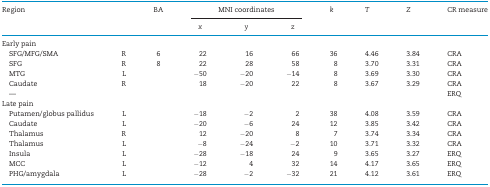
<table><thead><tr><td rowspan="2"><b>Region</b></td><td rowspan="2"></td><td rowspan="2"><b>BA</b></td><td colspan="3"><b>MNI coordinates</b></td><td rowspan="2"><b><i>k</i></b></td><td rowspan="2"><b><i>T</i></b></td><td rowspan="2"><b><i>Z</i></b></td><td rowspan="2"><b>CR measure</b></td></tr><tr><td><b><i>x</i></b></td><td><b><i>y</i></b></td><td><b><i>z</i></b></td></tr></thead><tbody><tr><td colspan="10">Early pain</td></tr><tr><td> SFG/MFG/SMA</td><td>R</td><td>6</td><td>22</td><td>16</td><td>66</td><td>36</td><td>4.46</td><td>3.84</td><td>CRA</td></tr><tr><td> SFG</td><td>R</td><td>8</td><td>22</td><td>28</td><td>58</td><td>8</td><td>3.70</td><td>3.31</td><td>CRA</td></tr><tr><td> MTG</td><td>L</td><td></td><td>−50</td><td>−20</td><td>−14</td><td>8</td><td>3.69</td><td>3.30</td><td>CRA</td></tr><tr><td> Caudate</td><td>R</td><td></td><td>18</td><td>−20</td><td>22</td><td>8</td><td>3.67</td><td>3.29</td><td>CRA</td></tr><tr><td> —</td><td></td><td></td><td></td><td></td><td></td><td></td><td></td><td></td><td>ERQ</td></tr><tr><td colspan="10">Late pain</td></tr><tr><td> Putamen/globus pallidus</td><td>L</td><td></td><td>−18</td><td>−2</td><td>2</td><td>38</td><td>4.08</td><td>3.59</td><td>CRA</td></tr><tr><td> Caudate</td><td>L</td><td></td><td>−20</td><td>−6</td><td>24</td><td>12</td><td>3.85</td><td>3.42</td><td>CRA</td></tr><tr><td> Thalamus</td><td>R</td><td></td><td>12</td><td>−20</td><td>8</td><td>7</td><td>3.74</td><td>3.34</td><td>CRA</td></tr><tr><td> Thalamus</td><td>L</td><td></td><td>−8</td><td>−24</td><td>−2</td><td>10</td><td>3.71</td><td>3.32</td><td>CRA</td></tr><tr><td> Insula</td><td>L</td><td></td><td>−28</td><td>−18</td><td>24</td><td>9</td><td>3.65</td><td>3.27</td><td>ERQ</td></tr><tr><td> MCC</td><td>L</td><td></td><td>−12</td><td>4</td><td>32</td><td>14</td><td>4.17</td><td>3.65</td><td>ERQ</td></tr><tr><td> PHG/amygdala</td><td>L</td><td></td><td>−28</td><td>−2</td><td>−32</td><td>21</td><td>4.12</td><td>3.61</td><td>ERQ</td></tr></tbody></table>